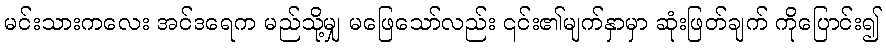
မင်းသားကလေး အင်ဒရေက မည်သို့မျှ မဖြေသော်လည်း ၎င်း၏မျက်နှာမှာ ဆုံးဖြတ်ချက် ကိုပြောင်း၍